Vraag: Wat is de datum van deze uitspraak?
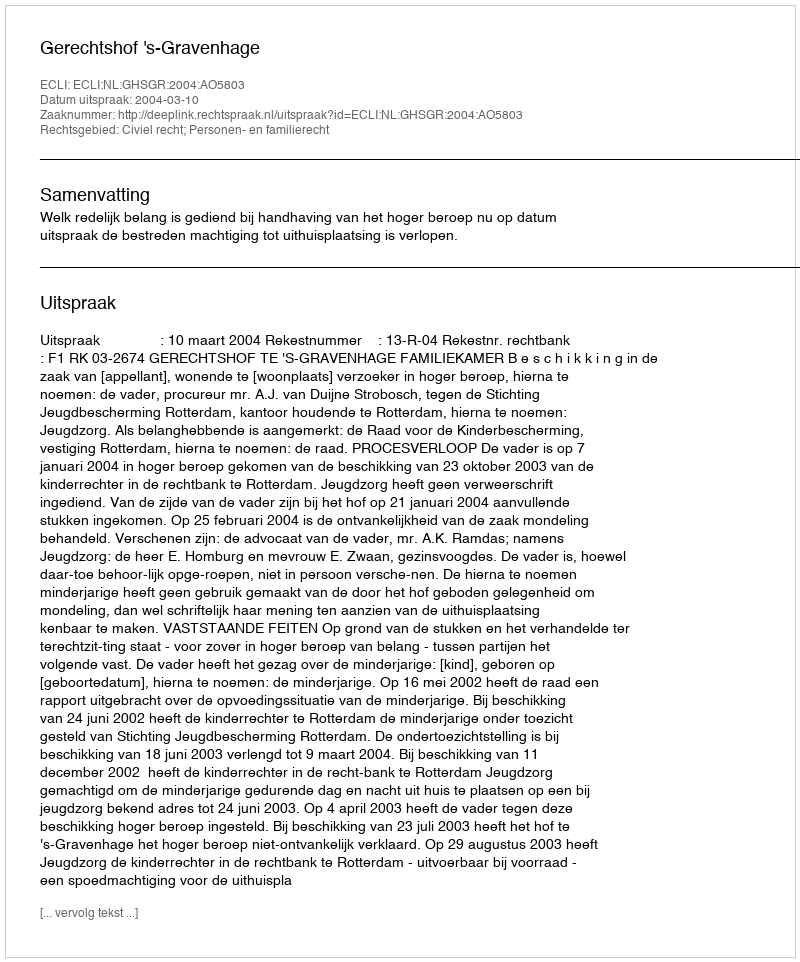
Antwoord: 2004-03-10